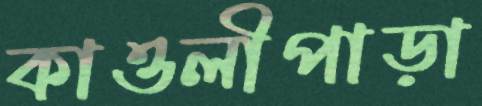
কাওলীপাড়া